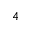
^ 4